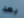
بعد